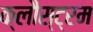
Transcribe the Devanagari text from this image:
क्लौस्ट्रम